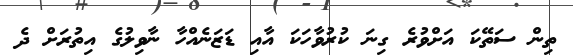
ތިން ސަތޭކަ އަށްވުރެ ގިނަ ކުރުވާހަކަ އާއި ޑަޒަނެއްހާ ނާވިލުގެ އިތުރަށް ދެ